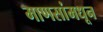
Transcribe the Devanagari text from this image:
माणसांमधून